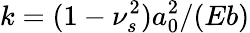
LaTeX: k=(1-\nu_{s}^{2}){a_{0}^{2}}/(Eb)